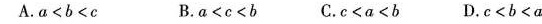
A.$$a < b < c$$ B.$$a < c < b$$ C.$$c < a < b$$ D.$$c < b < a$$